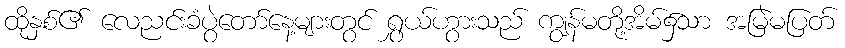
ထိုနှစ်၏ လေညင်းခံပွဲတော်နေ့များတွင် ရွှယ်ဟွားသည် ကျွန်မတို့အိမ်၌သာ အမြဲမပြတ်